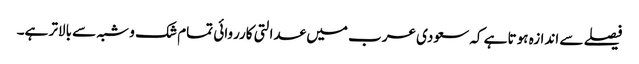
فیصلے سے اندازہ ہوتا ہے کہ سعودی عرب میں عدالتی کارروائی تمام شک و شبہ سے بالاتر ہے۔